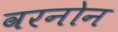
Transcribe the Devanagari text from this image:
वरनोन